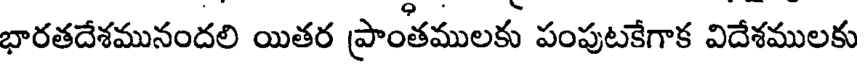
భారతదేశమునందలి యితర ప్రాంతములకు పంపుటకేగాక విదేశములకు